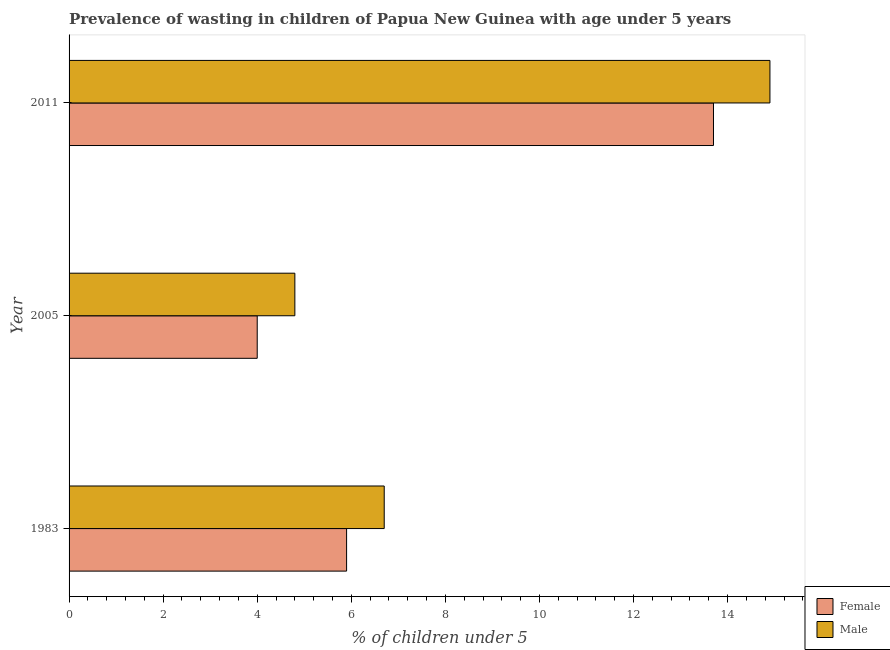
| Year | Female | Male |
 | --- | --- | --- |
 | 1983 | 5.9 | 6.7 |
 | 2005 | 4 | 4.8 |
 | 2011 | 13.7 | 14.9 |